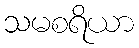
သမစရိယာ